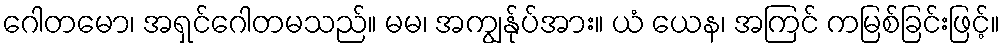
ဂေါတမော၊ အရှင်ဂေါတမသည်။ မမ၊ အကျွန်ုပ်အား။ ယံ ယေန၊ အကြင် ကမြစ်ခြင်းဖြင့်။